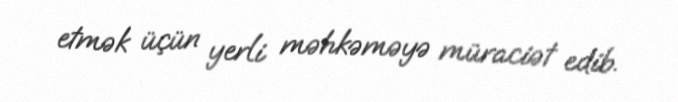
etmək üçün yerli məhkəməyə müraciət edib.